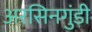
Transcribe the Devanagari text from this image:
अरसिनगुंडी